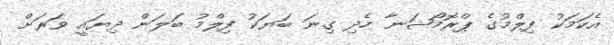
އެކަމަކު ފިލްމުގެ ޕްރޮމޯޝަނާ ހެދި ގިނަ ބަޔަކު ފިލްމު ބަލަން ދިޔައީ ވަރަށް